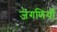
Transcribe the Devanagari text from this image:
जेगणियाँ